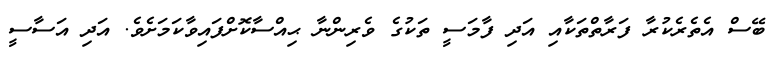
ބޭސް އެތެރެކުރާ ފަރާތްތަކާއި އަދި ފާމަސީ ތަކުގެ ވެރިންނާ ޙިއްސާކޮށްފައިވާކަމަށެވެ. އަދި އަސާސީ